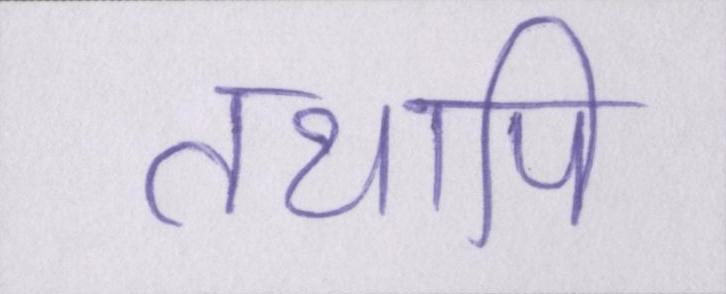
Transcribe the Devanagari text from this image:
तथापि